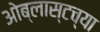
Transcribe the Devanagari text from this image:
ओब्लास्टच्या